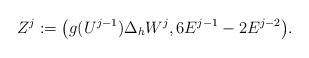
LaTeX: \begin{align*} Z^j := \big( g(U^{j-1})\Delta_hW^{j},6E^{j-1}-2E^{j-2} \big). \end{align*}